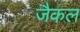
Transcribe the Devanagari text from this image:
जैकल